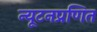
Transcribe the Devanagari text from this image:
न्यूटनप्रणित